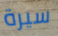
سيرة